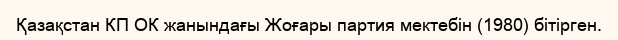
Қазақстан КП ОК жанындағы Жоғары партия мектебін (1980) бітірген.